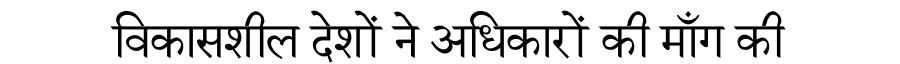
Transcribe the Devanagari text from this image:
विकासशील देशों ने अधिकारों की माँग की